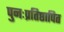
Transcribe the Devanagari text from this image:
पुनःप्रतिष्ठापित